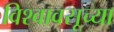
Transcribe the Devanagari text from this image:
विश्वावसूच्या